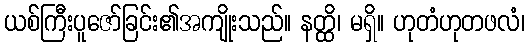
ယစ်ကြီးပူဇော်ခြင်း၏အကျိုးသည်။ နတ္ထိ၊ မရှိ။ ဟုတံဟုတဖလံ၊